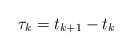
\begin{align*}\tau_k=t_{k+1}-t_k\end{align*}